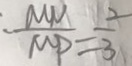
\frac { M N } { M P } = \frac { 2 } { 3 }